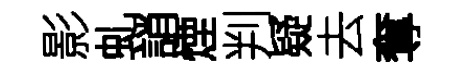
影虬誚煙判疑去奪